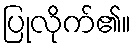
ပြုလိုက်၏။